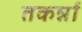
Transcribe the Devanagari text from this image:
तकर्न्ना